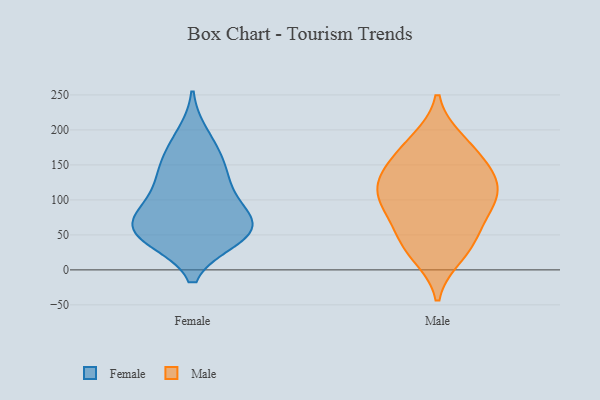
{"axis": {"x": "Satisfaction Score", "y": "Value"}, "legend": ["Female", "Male"], "data": [{"x": "", "y": 49, "type": "Female"}, {"x": "", "y": 74, "type": "Female"}, {"x": "", "y": 165, "type": "Female"}, {"x": "", "y": 50, "type": "Female"}, {"x": "", "y": 149, "type": "Female"}, {"x": "", "y": 93, "type": "Female"}, {"x": "", "y": 119, "type": "Female"}, {"x": "", "y": 69, "type": "Female"}, {"x": "", "y": 50, "type": "Female"}, {"x": "", "y": 69, "type": "Female"}, {"x": "", "y": 129, "type": "Female"}, {"x": "", "y": 192, "type": "Female"}, {"x": "", "y": 45, "type": "Female"}, {"x": "", "y": 40, "type": "Male"}, {"x": "", "y": 176, "type": "Male"}, {"x": "", "y": 22, "type": "Male"}, {"x": "", "y": 152, "type": "Male"}, {"x": "", "y": 38, "type": "Male"}, {"x": "", "y": 133, "type": "Male"}, {"x": "", "y": 86, "type": "Male"}, {"x": "", "y": 184, "type": "Male"}, {"x": "", "y": 102, "type": "Male"}, {"x": "", "y": 135, "type": "Male"}, {"x": "", "y": 116, "type": "Male"}, {"x": "", "y": 107, "type": "Male"}, {"x": "", "y": 76, "type": "Male"}]}